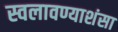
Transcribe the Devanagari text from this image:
स्वलावण्याशंसा